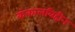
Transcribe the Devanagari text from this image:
कंकालविहीन